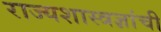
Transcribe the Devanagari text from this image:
राज्यशास्त्रज्ञांची